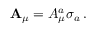
{ \mathbf { A } } _ { \mu } = A _ { \mu } ^ { a } \sigma _ { a } \, .